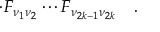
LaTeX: \cdot F _ { \nu _ { 1 } \nu _ { 2 } } \cdots F _ { \nu _ { 2 k - 1 } \nu _ { 2 k } } \quad .